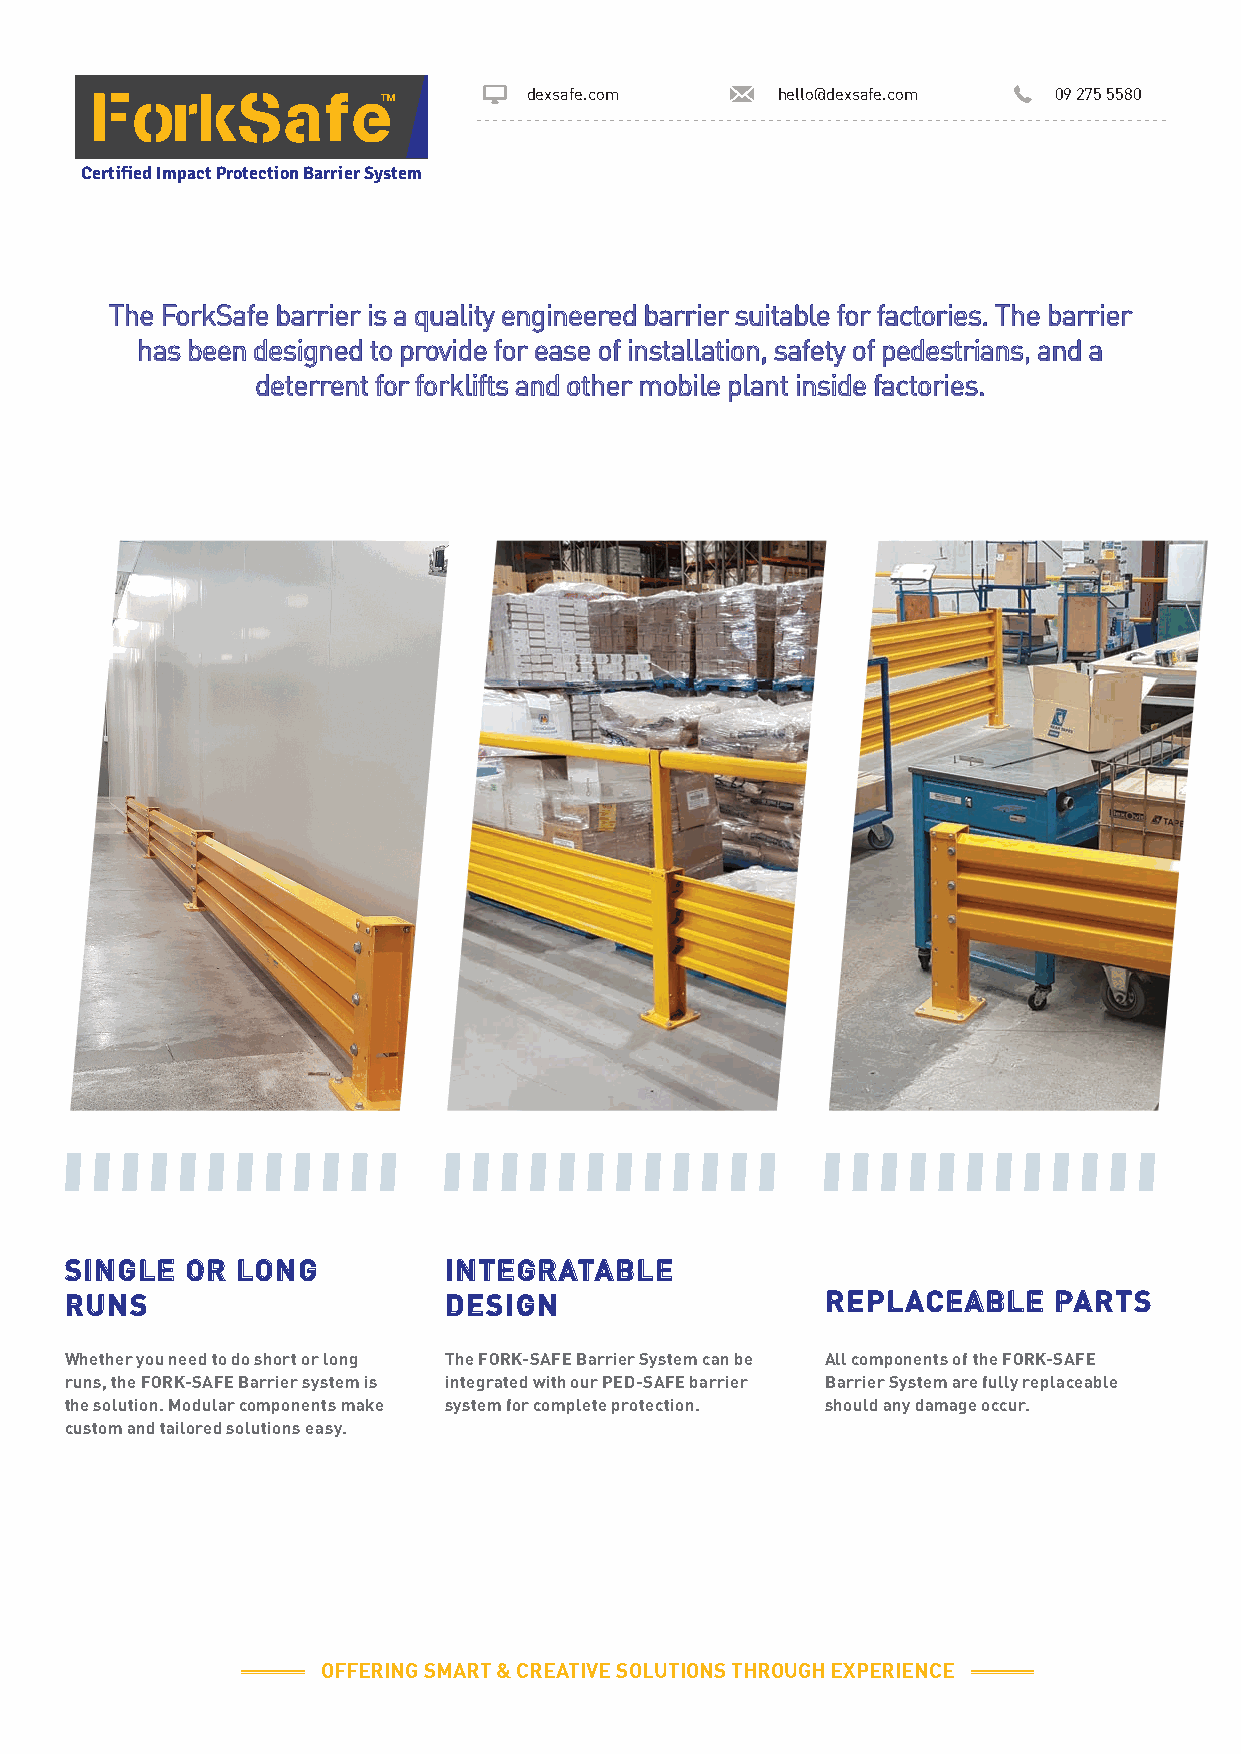
ForkSafe                     dexsafe.com     hello@dexsafe.com  09 275 5580
 Certified Impact Protection Barrier System
 The ForkSafe barrier is a quality engineered barrier suitable for factories. The barrier
 has been designed to provide for ease of installation, safety of pedestrians, and a
 deterrent for forklifts and other mobile plant inside factories.
 SINGLE  OR  LONG         INTEGRATABLE
 RUNS                     DESIGN                    REPLACEABLE    PARTS
 Whether you need to do short or long The FORK-SAFE Barrier System can be All components of the FORK-SAFE
 runs, the FORK-SAFE Barrier system is integrated with our PED-SAFE barrier Barrier System are fully replaceable
 the solution. Modular components make system for complete protection. should any damage occur.
 custom and tailored solutions easy.
 OOFFFFEERRIINNGG SSMMAARRTT && CCRREEAATTIIVVEE SSOOLLUUTTIIOONNSS TTHHRROOUUGGHH EEXXPPEERRIIEENNCCEE